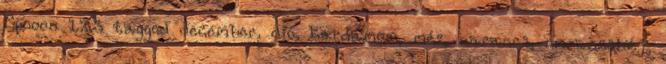
Spooon 1.2.3 tagged december, dió, kardamom, méz, narancs, narancshéj,